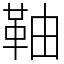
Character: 䩜